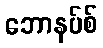
ဘောနပ်စ်